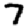
Digit: 7